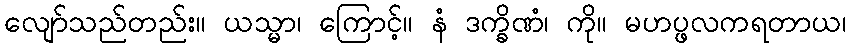
လျော်သည်တည်း။ ယသ္မာ၊ ကြောင့်။ နံ ဒက္ခိဏံ၊ ကို။ မဟပ္ဖလကရတာယ၊